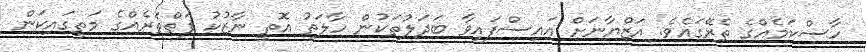
ހާސްކަމެއްގެ ތެރޭގައެވެ. އަޒްޔާނަށް އައިސްފައިވާ ބަދަލުތަކުން ހާލަތު އޮތީ ނާޒުކު ފަތްތަރެއްގެ މަތީގައިކަން